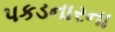
પકડનારના